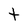
Character: t